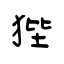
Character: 狴